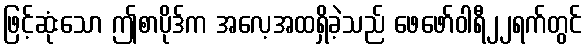
ဖြင့်ဆုံးသော ဤစာပိုဒ်က အလေ့အထရှိခဲ့သည် ဖေဖော်ဝါရီ၂၂ရက်တွင်